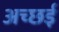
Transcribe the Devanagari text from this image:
अच्छई